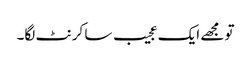
تو مجھے ایک عجیب سا کرنٹ لگا۔